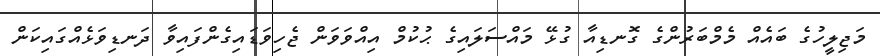
މަޖިލީހުގެ ބައެއް މެމްބަރުންގެ ގޮނޑިއާ ގުޅޭ މައްސަލައިގެ ޙުކުމް އިއްވަވަން ޖެހިވަޑައިގެންފައިވާ ދަނޑިވަޅެއްގައިކަން